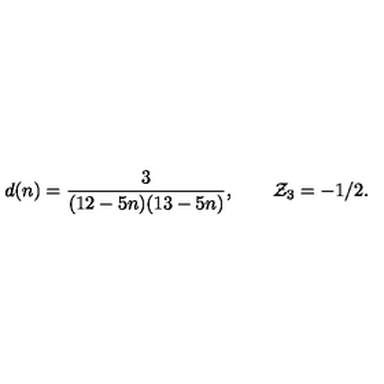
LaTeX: d ( n ) = { \frac { 3 } { ( 1 2 - 5 n ) ( 1 3 - 5 n ) } } , \qquad { \cal Z } _ { 3 } = - 1 / 2 .